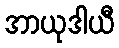
အာယုဒါယီ